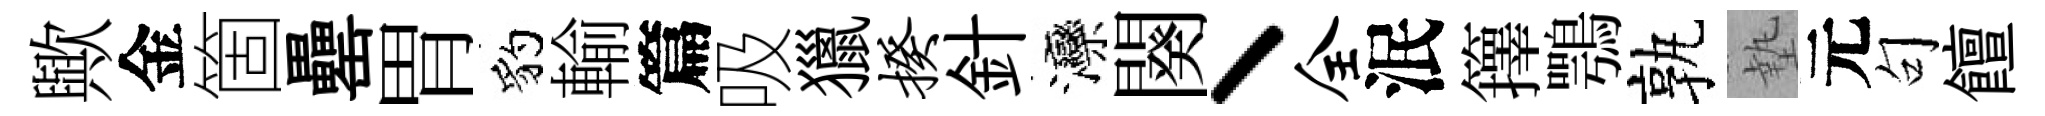
歟金箇罍胃豹輸篇吸獵揆針灤闋丶全泯籜鶚孰墊元句饘